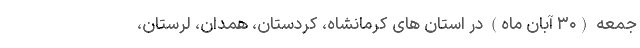
جمعه (۳۰ آبان ماه) در استان های کرمانشاه، کردستان، همدان، لرستان،